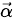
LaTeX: \scriptstyle{\vec{\alpha}}